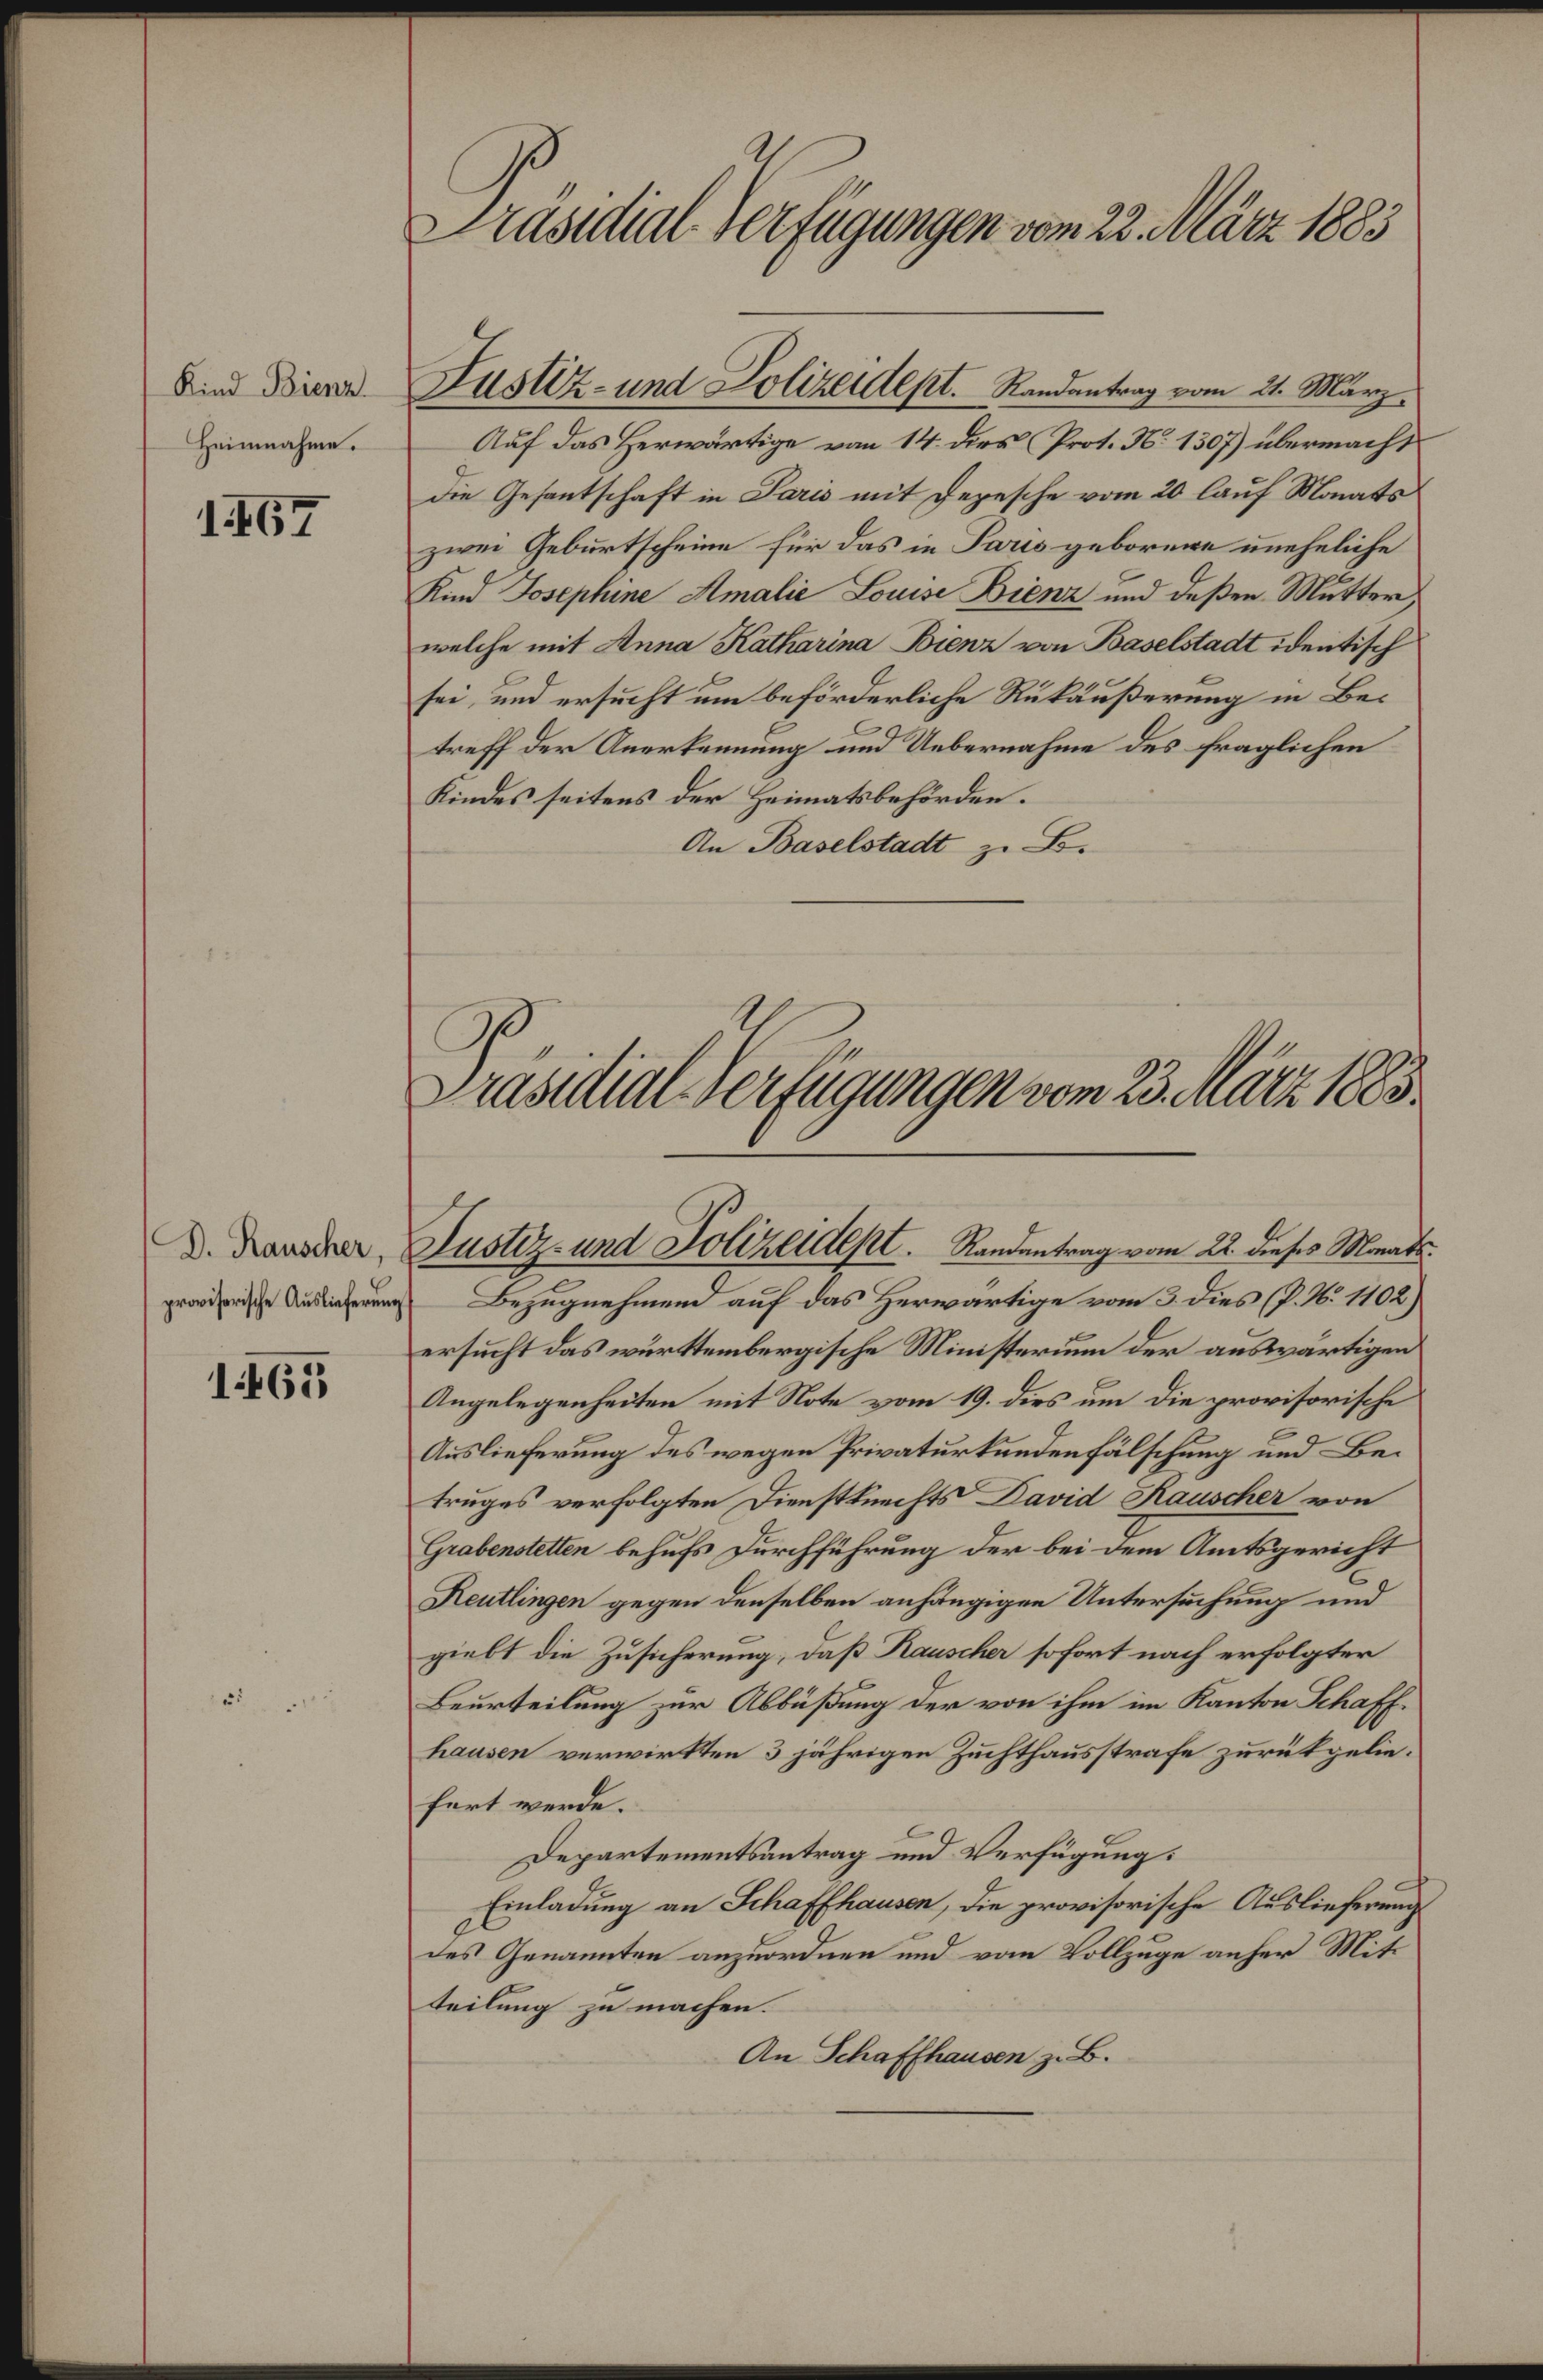
Kind Bienz
Heinnahme.

167

D. Rauscher,
provisorische Auslieferung

1465

Präsidial-Verfügungen vom 22. März 1883

Auf das Herwärtige von 14. dies Prot. N. 1307) übermacht
die Gesantschaft in Paris mit Depesche vom 20 lauf Monats
zwei Geburtscheine für das in Paris geborene uneheliche
Kind Josephine Amalić Louise Bienz und deßen Mutter
welche mit Anna Katharina Bienz von Baselstadt identisch
sei, und ersucht um beförderliche Rükäußerung in Betreff der Anerkennung und Uebernahme des fraglichen
Kindes seitens der Heimatsbehörden.
An Baselstadt z. B.

Justiz- und Polizeidept. Randantrag vom 21. März,

Präsidial-Verfügungen vom 23. März 1883.
Justiz- und Polizeidest.   Randantrag vom 22. dieses Monats.

Bezugnehmend auf das Herwärtige vom 3. dies (P. N. 1102)
ersucht das württembergische Ministerium der auswärtigen
Angelegenheiten mit Note vom 19. dies um die provisorische
Auslieferung des wegen Privaturkundenfälschung und Betruges verfolgten Dienstknechts David Rauscher von
Grabenstetten behufs Durchführung der bei dem Amtsgericht
Reutlingen gegen denselben anhängigen Untersuchung und
giebt die Zusicherung, daß Rauscher sofort nach erfolgter
Beurteilung zur Abbüßung der von ihm im Kanton Schaffhausen verwirkten 3 jährigen Zuchthausstrafe zurükgeliefert werde.
Departementsantrag und Verfügung:
Einladung an Schaffhausen, die provisorische Auslieferung
des Genannten anzuordnen und vom Vollzuge anher Mitteilung zu machen.
An Schaffhausen z. B.